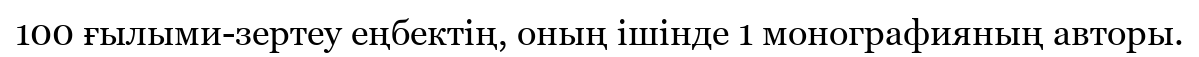
100 ғылыми-зертеу еңбектің, оның ішінде 1 монографияның авторы.